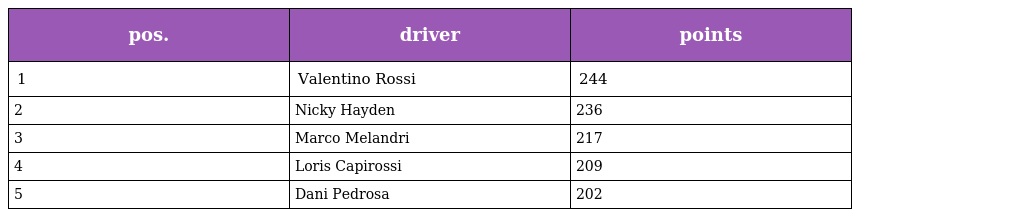
| pos. | driver | points |
 | --- | --- | --- |
 | 1 | Valentino Rossi | 244 |
 | 2 | Nicky Hayden | 236 |
 | 3 | Marco Melandri | 217 |
 | 4 | Loris Capirossi | 209 |
 | 5 | Dani Pedrosa | 202 |